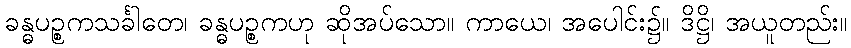
ခန္ဓပဉ္စကသင်္ခါတေ၊ ခန္ဓပဉ္စကဟု ဆိုအပ်သော။ ကာယေ၊ အပေါင်း၌။ ဒိဋ္ဌိ၊ အယူတည်း။